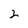
Character: 2